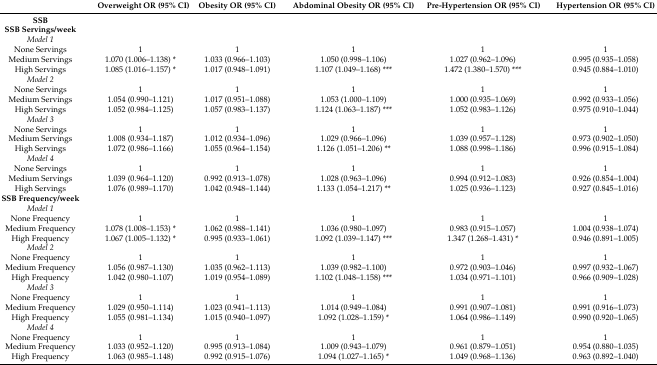
<table><thead><tr><td></td><td><b>Overweight OR (95% CI)</b></td><td><b>Obesity OR (95% CI)</b></td><td><b>Abdominal Obesity OR (95% CI)</b></td><td><b>Pre-Hypertension OR (95% CI)</b></td><td><b>Hypertension OR (95% CI)</b></td></tr></thead><tbody><tr><td><b>SSB</b></td><td></td><td></td><td></td><td></td><td></td></tr><tr><td><b>SSB Servings/week</b></td><td></td><td></td><td></td><td></td><td></td></tr><tr><td><i>Model 1</i></td><td></td><td></td><td></td><td></td><td></td></tr><tr><td>None Servings</td><td>1</td><td>1</td><td>1</td><td>1</td><td>1</td></tr><tr><td>Medium Servings</td><td>1.070 (1.006–1.138) *</td><td>1.033 (0.966–1.103)</td><td>1.050 (0.998–1.106)</td><td>1.027 (0.962–1.096)</td><td>0.995 (0.935–1.058)</td></tr><tr><td>High Servings</td><td>1.085 (1.016–1.157) *</td><td>1.017 (0.948–1.091)</td><td>1.107 (1.049–1.168) ***</td><td>1.472 (1.380–1.570) ***</td><td>0.945 (0.884–1.010)</td></tr><tr><td><i>Model 2</i></td><td></td><td></td><td></td><td></td><td></td></tr><tr><td>None Servings</td><td>1</td><td>1</td><td>1</td><td>1</td><td>1</td></tr><tr><td>Medium Servings</td><td>1.054 (0.990–1.121)</td><td>1.017 (0.951–1.088)</td><td>1.053 (1.000–1.109)</td><td>1.000 (0.935–1.069)</td><td>0.992 (0.933–1.056)</td></tr><tr><td>High Servings</td><td>1.052 (0.984–1.125)</td><td>1.057 (0.983–1.137)</td><td>1.124 (1.063–1.187) ***</td><td>1.052 (0.983–1.126)</td><td>0.975 (0.910–1.044)</td></tr><tr><td><i>Model 3</i></td><td></td><td></td><td></td><td></td><td></td></tr><tr><td>None Servings</td><td>1</td><td>1</td><td>1</td><td>1</td><td>1</td></tr><tr><td>Medium Servings</td><td>1.008 (0.934–1.187)</td><td>1.012 (0.934–1.096)</td><td>1.029 (0.966–1.096)</td><td>1.039 (0.957–1.128)</td><td>0.973 (0.902–1.050)</td></tr><tr><td>High Servings</td><td>1.072 (0.986–1.166)</td><td>1.055 (0.964–1.154)</td><td>1.126 (1.051–1.206) **</td><td>1.088 (0.998–1.186)</td><td>0.996 (0.915–1.084)</td></tr><tr><td><i>Model 4</i></td><td></td><td></td><td></td><td></td><td></td></tr><tr><td>None Servings</td><td>1</td><td>1</td><td>1</td><td>1</td><td>1</td></tr><tr><td>Medium Servings</td><td>1.039 (0.964–1.120)</td><td>0.992 (0.913–1.078)</td><td>1.028 (0.963–1.096)</td><td>0.994 (0.912–1.083)</td><td>0.926 (0.854–1.004)</td></tr><tr><td>High Servings</td><td>1.076 (0.989–1.170)</td><td>1.042 (0.948–1.144)</td><td>1.133 (1.054–1.217) **</td><td>1.025 (0.936–1.123)</td><td>0.927 (0.845–1.016)</td></tr><tr><td><b>SSB Frequency/week</b></td><td></td><td></td><td></td><td></td><td></td></tr><tr><td><i>Model 1</i></td><td></td><td></td><td></td><td></td><td></td></tr><tr><td>None Frequency</td><td>1</td><td>1</td><td>1</td><td>1</td><td>1</td></tr><tr><td>Medium Frequency</td><td>1.078 (1.008–1.153) *</td><td>1.062 (0.988–1.141)</td><td>1.036 (0.980–1.097)</td><td>0.983 (0.915–1.057)</td><td>1.004 (0.938–1.074)</td></tr><tr><td>High Frequency</td><td>1.067 (1.005–1.132) *</td><td>0.995 (0.933–1.061)</td><td>1.092 (1.039–1.147) ***</td><td>1.347 (1.268–1.431) *</td><td>0.946 (0.891–1.005)</td></tr><tr><td><i>Model 2</i></td><td></td><td></td><td></td><td></td><td></td></tr><tr><td>None Frequency</td><td>1</td><td>1</td><td>1</td><td>1</td><td>1</td></tr><tr><td>Medium Frequency</td><td>1.056 (0.987–1.130)</td><td>1.035 (0.962–1.113)</td><td>1.039 (0.982–1.100)</td><td>0.972 (0.903–1.046)</td><td>0.997 (0.932–1.067)</td></tr><tr><td>High Frequency</td><td>1.042 (0.980–1.107)</td><td>1.019 (0.954–1.089)</td><td>1.102 (1.048–1.158) ***</td><td>1.034 (0.971–1.101)</td><td>0.966 (0.909–1.028)</td></tr><tr><td><i>Model 3</i></td><td></td><td></td><td></td><td></td><td></td></tr><tr><td>None Frequency</td><td>1</td><td>1</td><td>1</td><td>1</td><td>1</td></tr><tr><td>Medium Frequency</td><td>1.029 (0.950–1.114)</td><td>1.023 (0.941–1.113)</td><td>1.014 (0.949–1.084)</td><td>0.991 (0.907–1.081)</td><td>0.991 (0.916–1.073)</td></tr><tr><td>High Frequency</td><td>1.055 (0.981–1.134)</td><td>1.015 (0.940–1.097)</td><td>1.092 (1.028–1.159) *</td><td>1.064 (0.986–1.149)</td><td>0.990 (0.920–1.065)</td></tr><tr><td><i>Model 4</i></td><td></td><td></td><td></td><td></td><td></td></tr><tr><td>None Frequency</td><td>1</td><td>1</td><td>1</td><td>1</td><td>1</td></tr><tr><td>Medium Frequency</td><td>1.033 (0.952–1.120)</td><td>0.995 (0.913–1.084)</td><td>1.009 (0.943–1.079)</td><td>0.961 (0.879–1.051)</td><td>0.954 (0.880–1.035)</td></tr><tr><td>High Frequency</td><td>1.063 (0.985–1.148)</td><td>0.992 (0.915–1.076)</td><td>1.094 (1.027–1.165) *</td><td>1.049 (0.968–1.136)</td><td>0.963 (0.892–1.040)</td></tr></tbody></table>